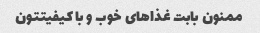
ممنون بابت غذاهای خوب و با کیفیتتون